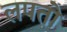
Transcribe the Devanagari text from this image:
लपतो